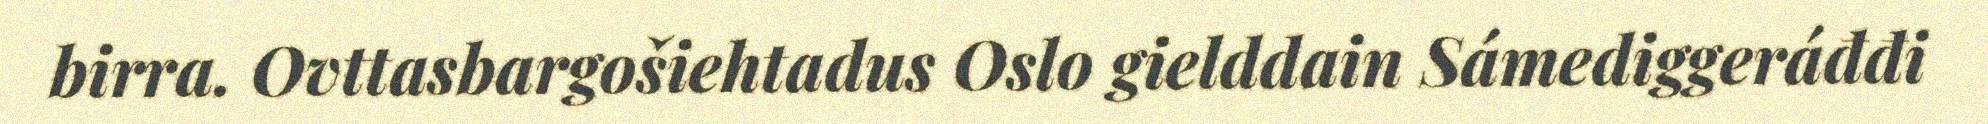
birra. Ovttasbargošiehtadus Oslo gielddain Sámediggeráđđi